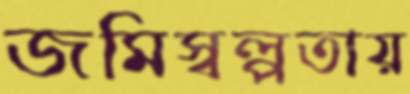
জমিস্বল্পতায়